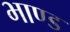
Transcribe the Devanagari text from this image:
भाण्ड